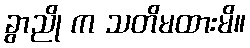
ခွာညို က သတိမထားမိ။